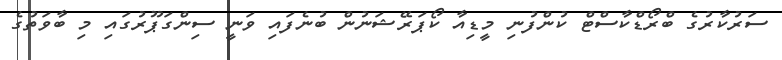
ސަރުކާރުގެ ބްރޯޑްކާސްޓް ކުންފުނި މީޑިއާ ކޯޕަރޭޝަނުން ބުނެފައި ވަނީ ސިންގަޕޫރުގައި މި ބާވަތުގެ